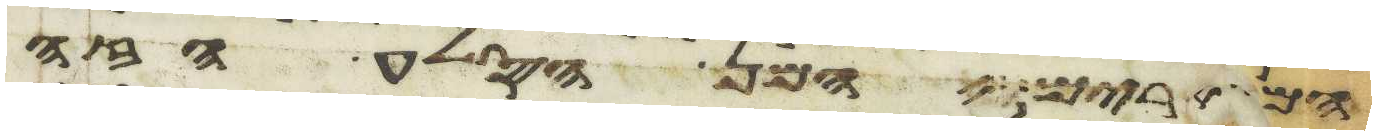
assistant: המרים המן הסלע הזה